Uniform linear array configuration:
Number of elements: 64
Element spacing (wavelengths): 0.25
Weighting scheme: binomial
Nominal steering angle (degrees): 15
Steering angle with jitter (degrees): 14.313
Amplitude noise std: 0.05
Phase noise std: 0.05

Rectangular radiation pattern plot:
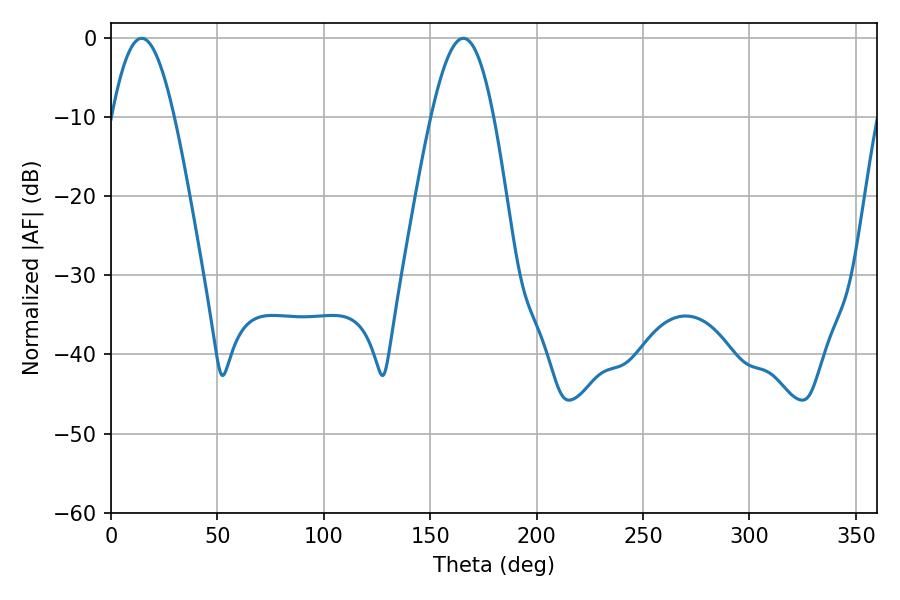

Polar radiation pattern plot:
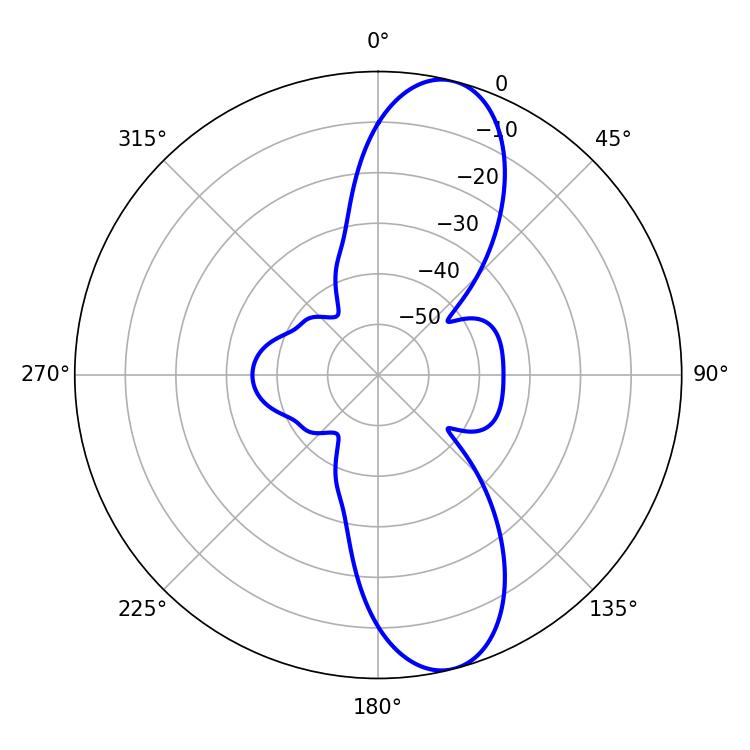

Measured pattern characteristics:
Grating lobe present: FALSE
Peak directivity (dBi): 11.184
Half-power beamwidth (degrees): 15.84
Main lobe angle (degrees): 14.4